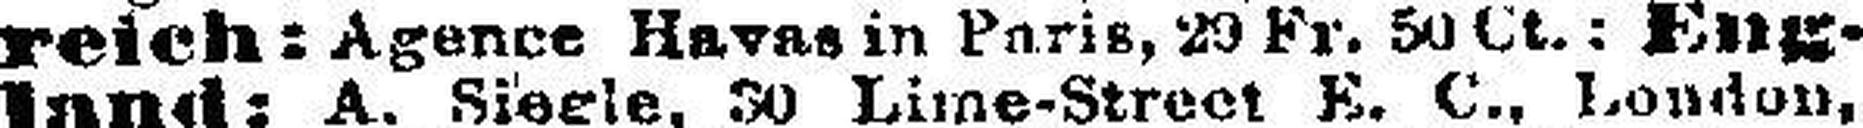
reich : Agence Havas in Paris, 20 Fr. 50 Ct.: Eng¬